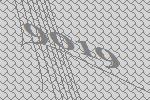
9019